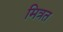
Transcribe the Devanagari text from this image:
मित्रत